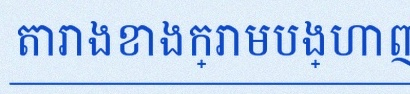
តារាងខាងក្រោមបង្ហាញពីទិន្នន័យ